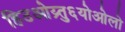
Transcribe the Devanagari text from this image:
हिउओय्र्तु६योओलो